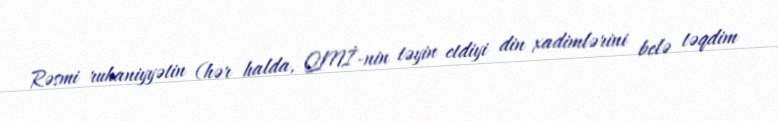
Rəsmi ruhaniyyətin (hər halda, QMİ-nin təyin etdiyi din xadimlərini belə təqdim